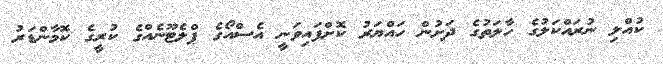
ކުއްލި ނުރައްކަލުގެ ހާލަތުގެ ދަށުން ހައްޔަރު ކޮށްފައިވަނީ އެސްއޯގެ ޕްލެޓޫނެއްގެ ކުރީގެ ކޮމާންޑަރު